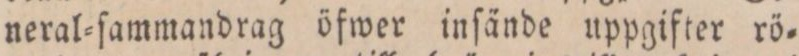
neral=ſammandrag öfwer inſände uppgifter rö=